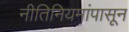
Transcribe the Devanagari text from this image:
नीतिनियमांपासून